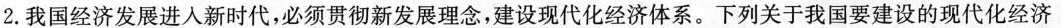
2.我国经济发展进入新时代，必须贯彻新发展理念，建设现代化经济体系。下列关于我国要建设的现代化经济